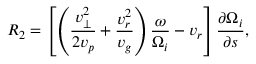
R _ { 2 } = \left[ \left( \frac { v _ { \perp } ^ { 2 } } { 2 v _ { p } } + \frac { v _ { r } ^ { 2 } } { v _ { g } } \right) \frac { \omega } { \Omega _ { i } } - v _ { r } \right] \frac { \partial \Omega _ { i } } { \partial s } ,